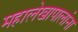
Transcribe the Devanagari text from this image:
महालेखापालांना